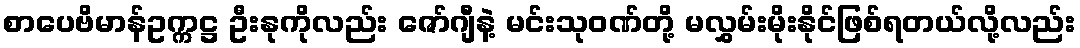
စာပေဗိမာန်ဥက္ကဋ္ဌ ဦးနုကိုလည်း ဇော်ဂျီနဲ့ မင်းသုဝဏ်တို့ မလွှမ်းမိုးနိုင်ဖြစ်ရတယ်လို့လည်း